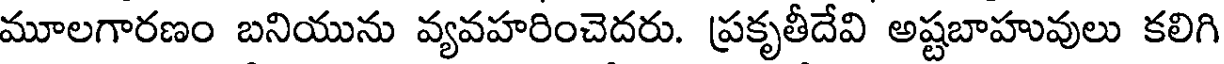
మూలగారణం బనియును వ్యవహరించెదరు. ప్రకృతీదేవి అష్టబాహువులు కలిగి